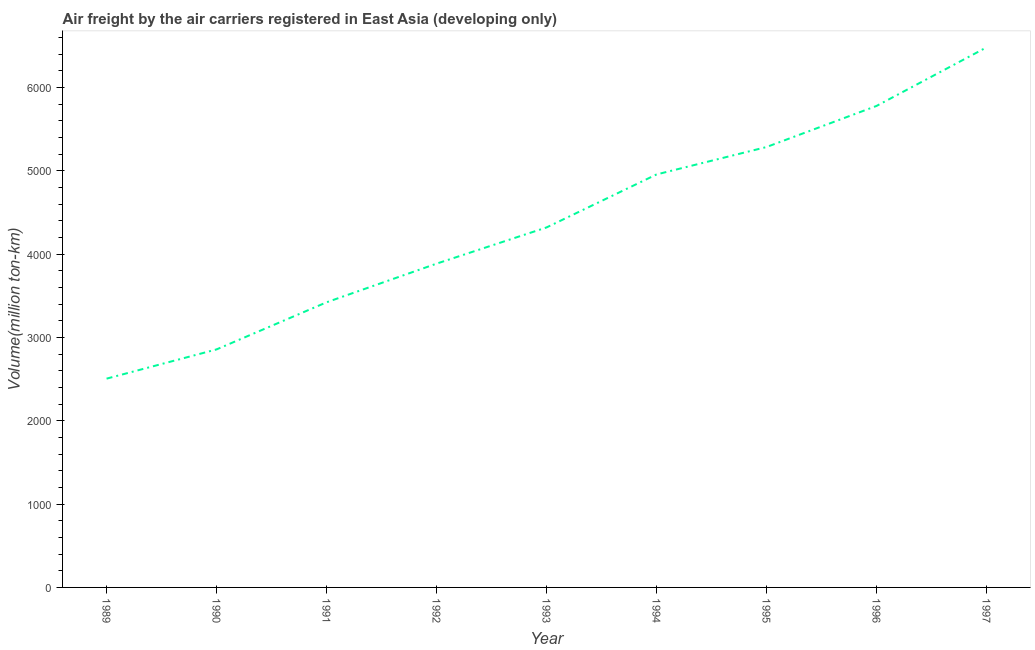
| Year | Air transport |
 | --- | --- |
 | 1989 | 2.51e+03 |
 | 1990 | 2.86e+03 |
 | 1991 | 3.42e+03 |
 | 1992 | 3.89e+03 |
 | 1993 | 4.32e+03 |
 | 1994 | 4.96e+03 |
 | 1995 | 5.29e+03 |
 | 1996 | 5.78e+03 |
 | 1997 | 6.48e+03 |